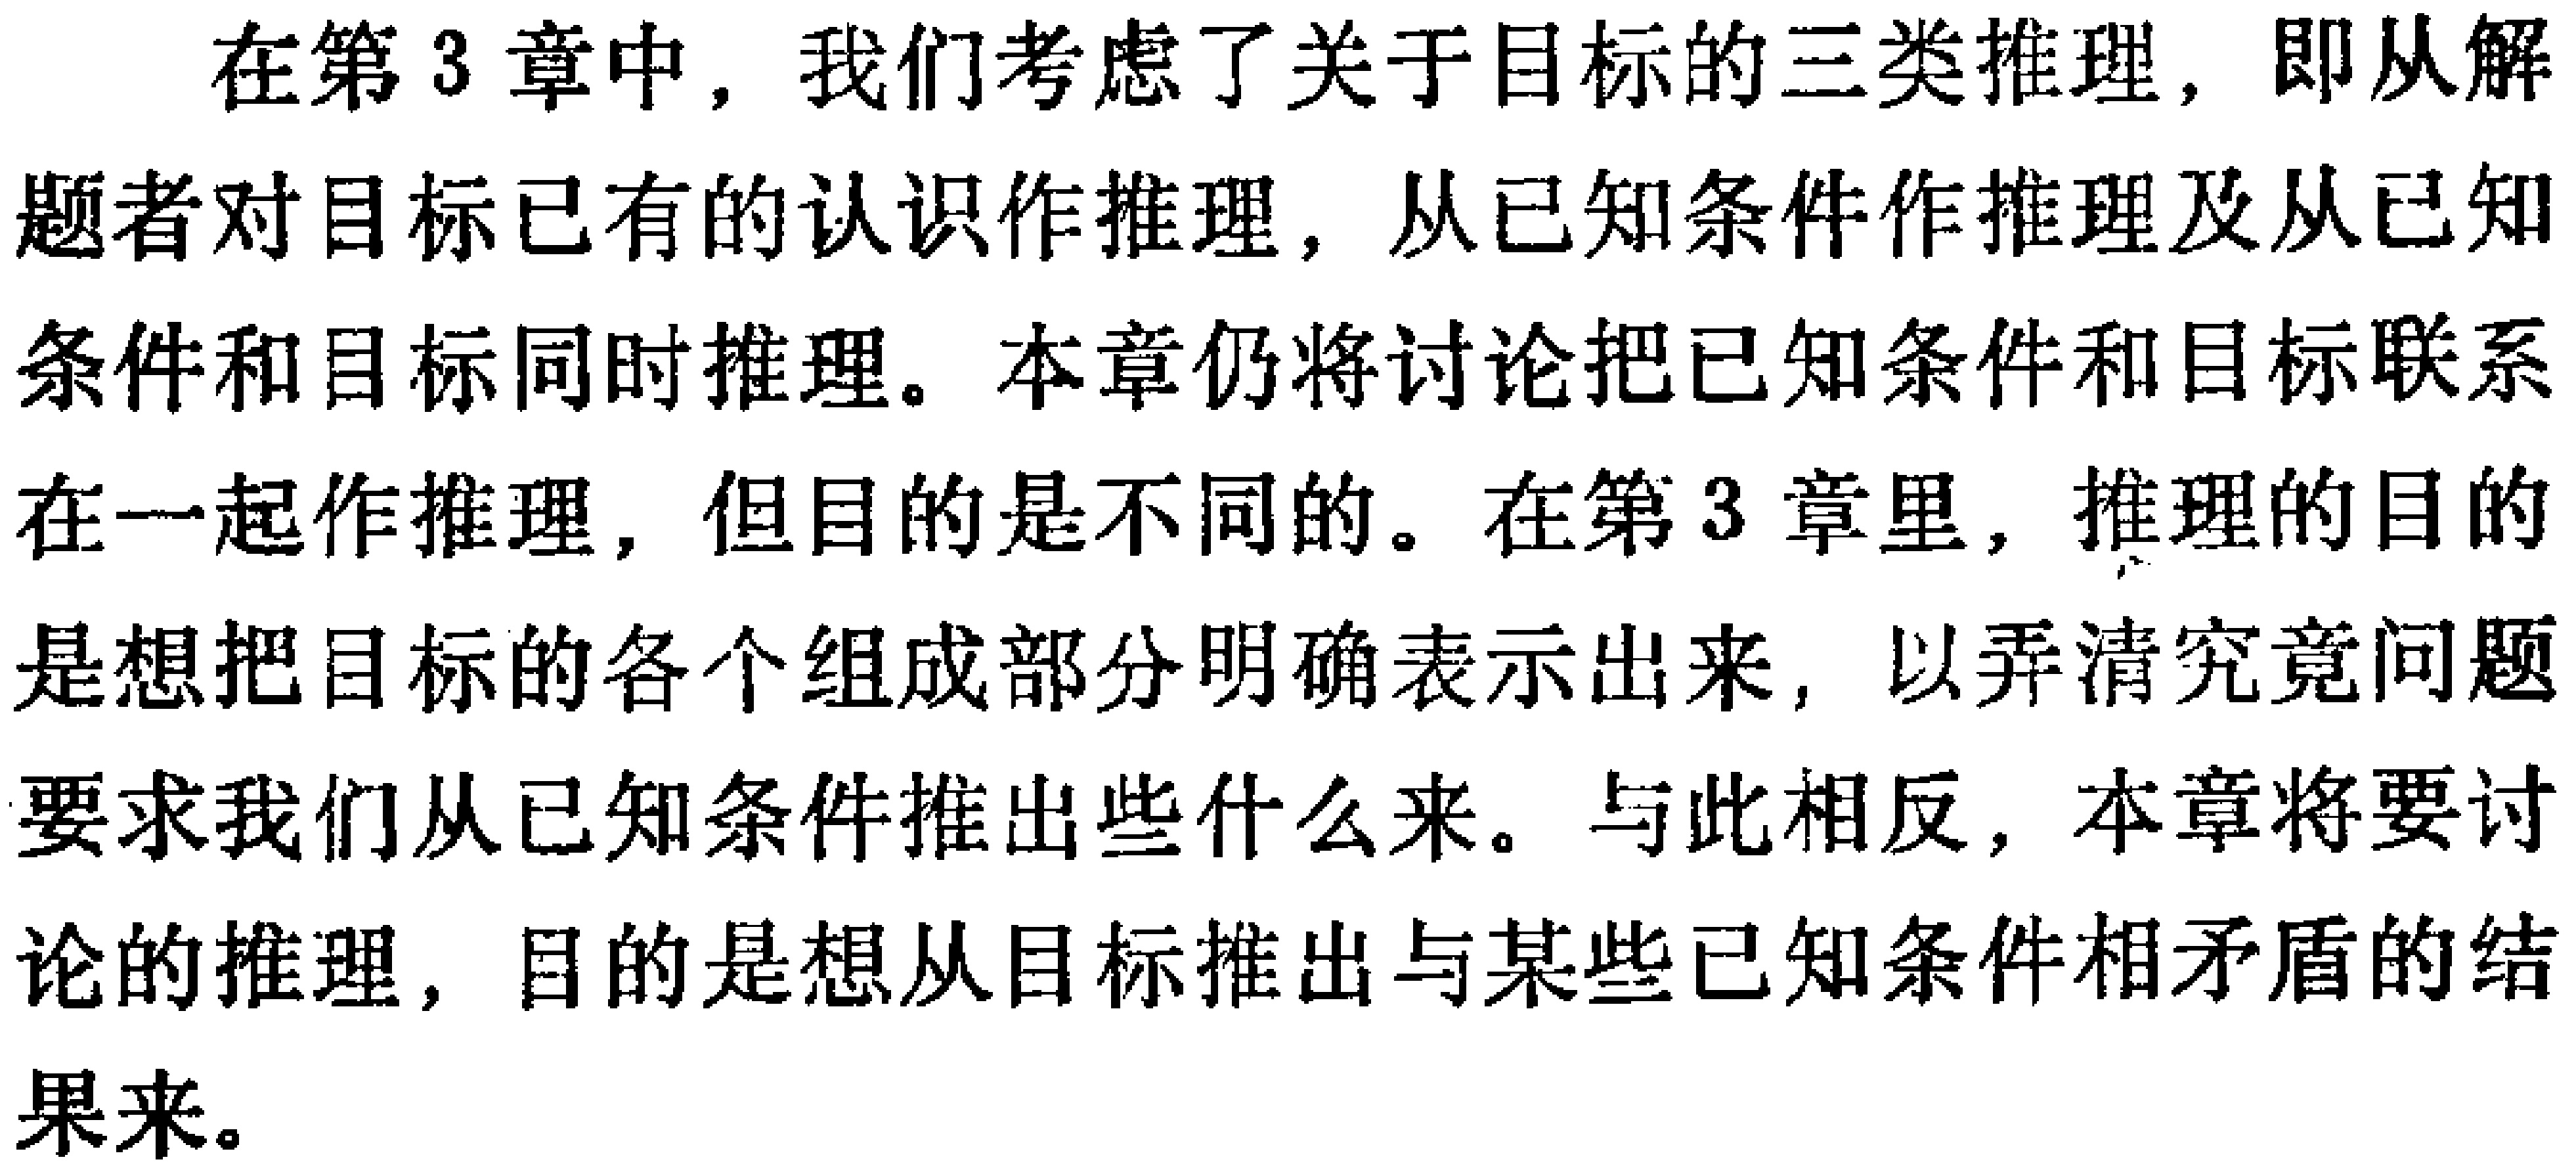
在第3章中，我们考虑了关于目标的三类推理，即从解题者对目标已有的认识作推理，从已知条件作推理及从已知条件和目标同时推理。本章仍将讨论把已知条件和目标联系在一起作推理，但目的是不同的。在第3章里，推理的目的是想把目标的各个组成部分明确表示出来，以弄清究竟问题要求我们从已知条件推出些什么来。与此相反，本章将要讨论的推理，目的是想从目标推出与某些已知条件相矛盾的结果来。